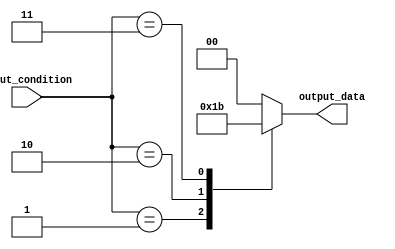
module unique_case_statement (
    input [2:0] input_condition,
    output reg [1:0] output_data
);

always @*
begin
    case (input_condition)
        3'b000: output_data = 2'b00;
        3'b001: output_data = 2'b01;
        3'b010: output_data = 2'b10;
        3'b011: output_data = 2'b11;
        default: output_data = 2'b00;
    endcase
end

endmodule